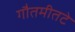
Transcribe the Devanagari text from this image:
गौतमीतटे